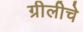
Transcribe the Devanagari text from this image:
ग्रीलीचे